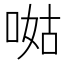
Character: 𠵎